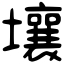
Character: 壤